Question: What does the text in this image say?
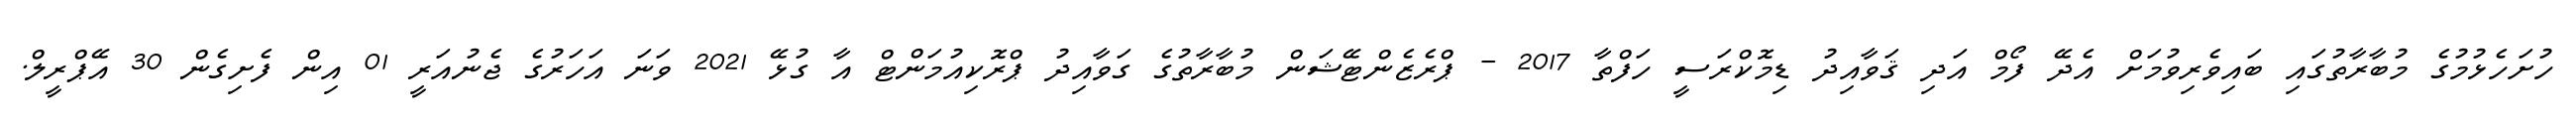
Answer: ހުށަހެޅުމުގެ މުބާރާތުގައި ބައިވެރިވުމަށް އެދޭ ފޯމް އަދި ޤަވާއިދު ޑިމޮކްރަސީ ހަފްތާ 2017 - ޕްރެޒެންޓޭޝަން މުބާރާތުގެ ގަވާއިދު ޕްރޮކިއުމަންޓް އާ ގުޅޭ 2021 ވަނަ އަހަރުގެ ޖެނުއަރީ 01 އިން ފެށިގެން 30 އޭޕްރީލް.